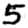
Digit: 5